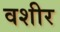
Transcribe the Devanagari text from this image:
वशीर